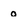
Character: o